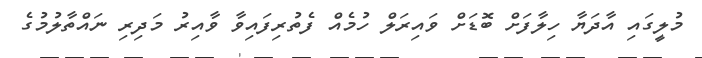
މުލީގައި އާދަޔާ ހިލާފަށް ބޮޑަށް ވައިރަލް ހުމެއް ފެތުރިފައިވާ ވާއިރު މަދިރި ނައްތާލުމުގެ